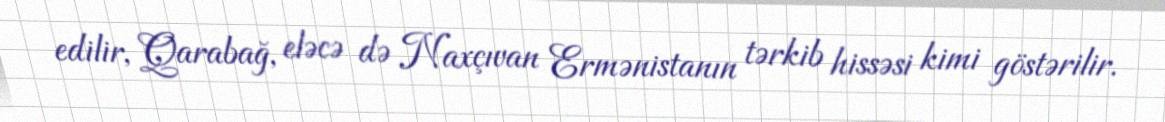
edilir, Qarabağ, eləcə də Naxçıvan Ermənistanın tərkib hissəsi kimi göstərilir.